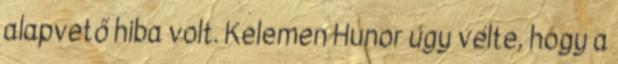
alapvető hiba volt. Kelemen Hunor úgy vélte, hogy a